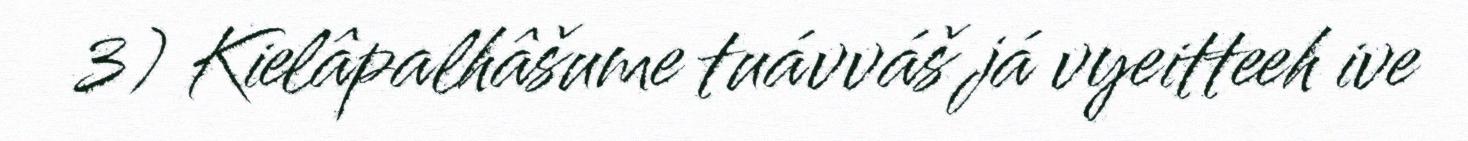
3) Kielâpalhâšume tuávváš já vyeitteeh ive